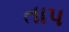
તાપ